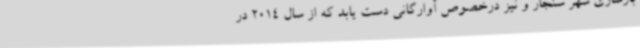
بازسازی شهر سنجار و نیز درخصوص آوارگانی دست یابد که از سال 2014 در